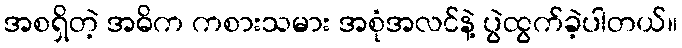
အစရှိတဲ့ အဓိက ကစားသမား အစုံအလင်နဲ့ ပွဲထွက်ခဲ့ပါတယ်။